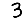
Digit: 3